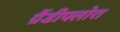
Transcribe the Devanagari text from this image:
ग्रैंडीफ्लोरा